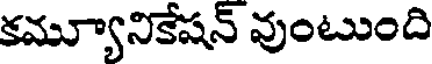
కమ్యూనికేషన్ వుంటుంది